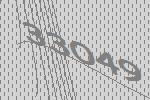
33049